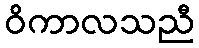
ဝိကာလသညီ